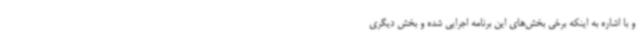
و با اشاره به اینکه برخی بخش‌های این برنامه اجرایی شده و بخش دیگری